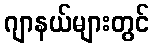
ဂျာနယ်များတွင်